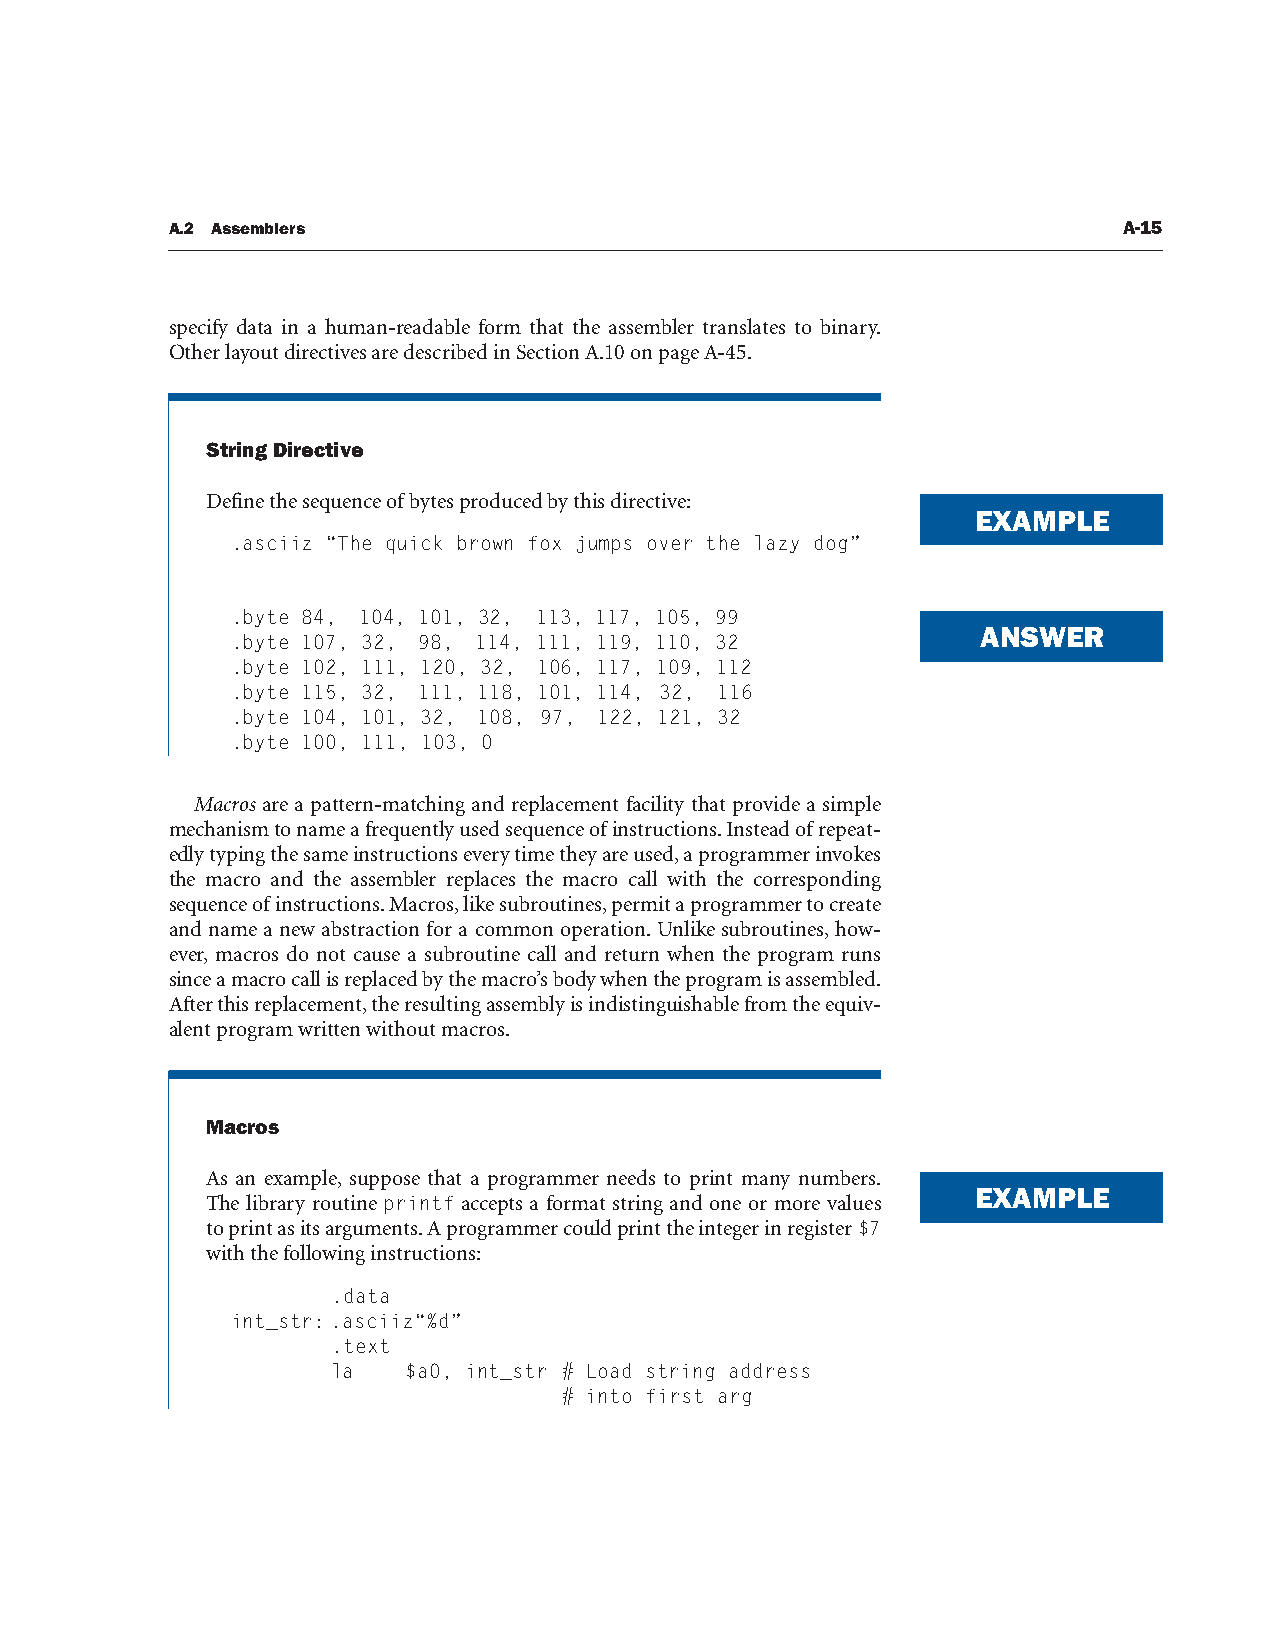
A.2 Assemblers                                                 A-15
 specify data in a human-readable form that the assembler translates to binary.
 Other layout directives are described in Section A.10 on page A-45.
 String Directive
 Define the sequence of bytes produced by this directive:
 EXAMPLE
 .asciiz “The quick brown fox jumps over the lazy dog”
 .byte 84, 104, 101, 32, 113, 117, 105, 99
 ANSWER
 .byte 107, 32, 98, 114, 111, 119, 110, 32
 .byte 102, 111, 120, 32, 106, 117, 109, 112
 .byte 115, 32, 111, 118, 101, 114, 32, 116
 .byte 104, 101, 32, 108, 97, 122, 121, 32
 .byte 100, 111, 103, 0
 Macros are a pattern-matching and replacement facility that provide a simple
 mechanism to name a frequently used sequence of instructions. Instead of repeat-
 edly typing the same instructions every time they are used, a programmer invokes
 the macro and the assembler replaces the macro call with the corresponding
 sequence of instructions. Macros, like subroutines, permit a programmer to create
 and name a new abstraction for a common operation. Unlike subroutines, how-
 ever, macros do not cause a subroutine call and return when the program runs
 since a macro call is replaced by the macro’s body when the program is assembled.
 After this replacement, the resulting assembly is indistinguishable from the equiv-
 alent program written without macros.
 Macros
 As an example, suppose that a programmer needs to print many numbers.
 EXAMPLE
 The library routine printf accepts a format string and one or more values
 to print as its arguments. A programmer could print the integer in register $7
 with the following instructions:
 .data
 int_str:.asciiz“%d”
 .text
 la   $a0, int_str # Load string address
 # into first arg